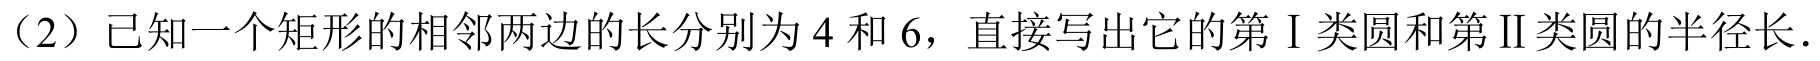
（2）已知一个矩形的相邻两边的长分别为\(4\)和\(6\)，直接写出它的第Ⅰ类圆和第Ⅱ类圆的半径长.